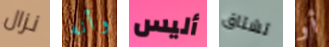
نزال وأنه أليس تشتاق أو